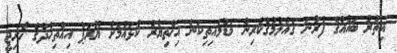
އިތުރު ބައެއްގެ ފުރާނަ ގެއްލުމުގެކުރިން މަޑުމައިތިކަން އިޚްތިޔާރު ކުޅައުމަށް ޔޫރަޕް އިއްތިހާދުގެ ޚާރިޖީ